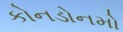
કોનડોનમો